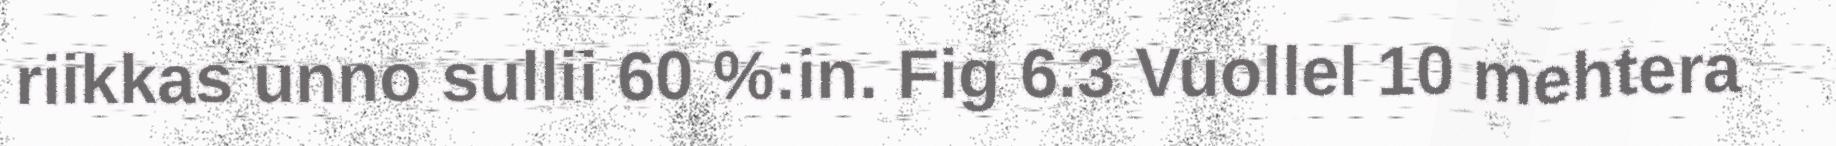
riikkas unno sullii 60 %:in. Fig 6.3 Vuollel 10 mehtera